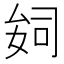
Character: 𫨪